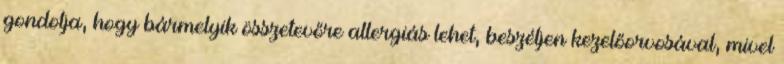
gondolja, hogy bármelyik összetevőre allergiás lehet, beszéljen kezelőorvosával, mivel